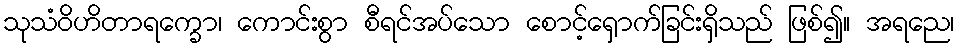
သုသံဝိဟိတာရက္ခော၊ ကောင်းစွာ စီရင်အပ်သော စောင့်ရှောက်ခြင်းရှိသည် ဖြစ်၍။ အရညေ၊